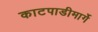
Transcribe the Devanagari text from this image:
काटपाडीमार्गे